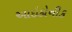
આઇકોનીક